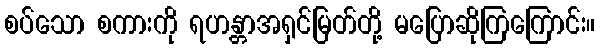
စပ်သော စကားကို ရဟန္တာအရှင်မြတ်တို့ မပြောဆိုကြကြောင်း။